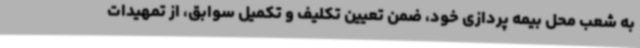
به شعب محل بیمه پردازی خود، ضمن تعیین تکلیف و تکمیل سوابق، از تمهیدات